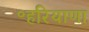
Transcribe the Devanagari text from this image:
॰हरियाणा